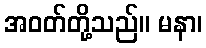
အဝတ်တို့သည်။ မနာ၊